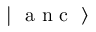
\mathrm { ~ \ensuremath ~ { ~ \vert ~ \mathrm { ~ a ~ n ~ c ~ } ~ \rangle ~ } ~ }